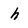
Character: h